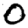
Digit: 0